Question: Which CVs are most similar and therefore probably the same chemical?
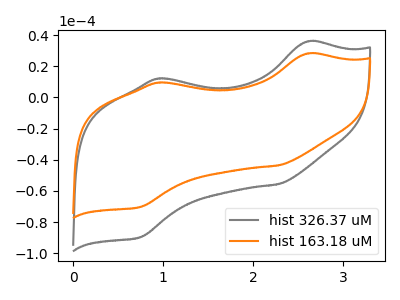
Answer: <think>The gray curve "hist 326.37 uM" has anodic peaks at (2.60V, 35.85uA) (0.95V, 12.10uA) and cathodic peaks at (2.30V, -55.65uA) (0.75V, -89.65uA). The orange curve "hist 163.18 uM" has anodic peaks at (2.60V, 28.10uA) (0.95V, 9.45uA) and cathodic peaks at (2.30V, -43.60uA) (0.75V, -70.30uA).
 All the peaks in "hist 326.37 uM" have a peak in "hist 163.18 uM" at the same potential. Every peak in "hist 326.37 uM" is higher than every peak in "hist 163.18 uM".</think>
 <answer>"hist 326.37 uM" and "hist 163.18 uM" have the same shape and are likely CV's of the same chemical.</answer>
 <eval>"hist 326.37 uM" "hist 163.18 uM"</eval>